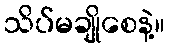
သိပ်မချိုစေနဲ့။